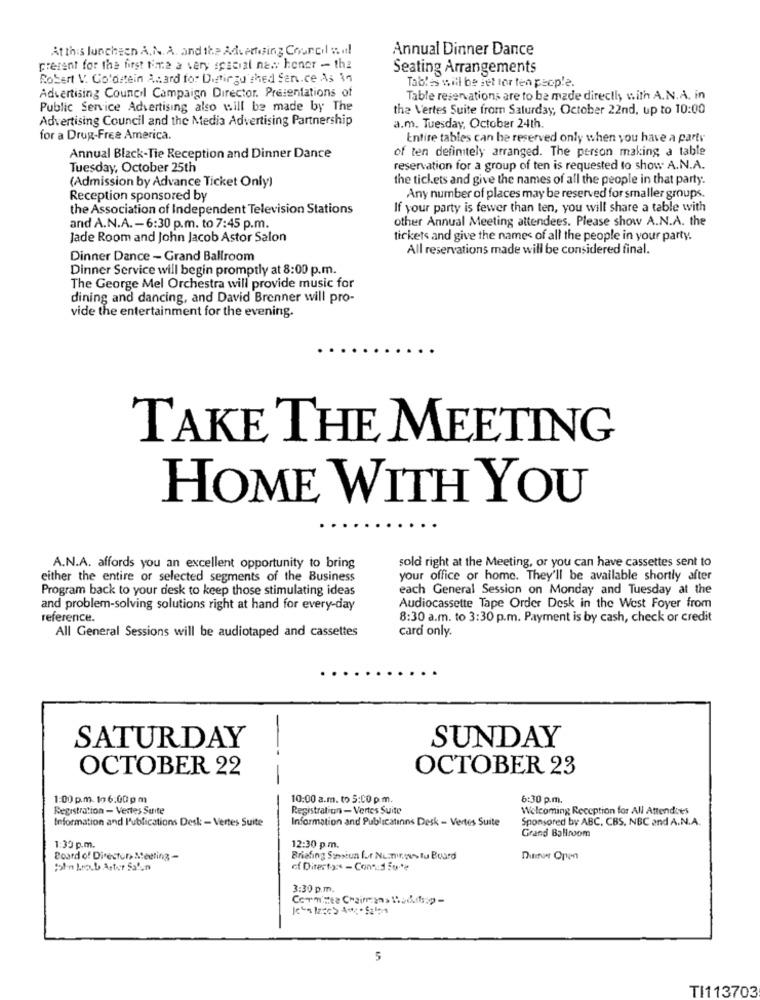
Atthis luncheen A.N. A. and the Advertising Council sul
Annual Dinner Dance
present for the first time a very special new honer - th2
Seating Arrangements
Robert V. Goldstein Acard for Distinguished Sen.ce As 39
Tables will be set for ten people.
Advertising Council Campaign Director. Presentations of
Table reservations are to be made directly with A.N.A. in
Public Service Advertising also will be made by The
the Vertes Suite from Saturday, October 22nd, up to 10:00
Advertising Council and the Media Advertising Partnership
a.m. Tuesday, October 24th.
for a Drug-Free America.
Entire tables can be reserved only when you have a party
of ten definitely arranged. The person making a table
Annual Black-Tie Reception and Dinner Dance
Tuesday, October 25th
reservation for a group of ten is requested to show A.N.A.
the tickets and give the names of all the people in that party.
(Admission by Advance Ticket Only)
Reception sponsored by
Any number of places may be reserved for smaller groups.
the Association of Independent Television Stations
If your party is fewer than ten, you will share a table with
other Annual Meeting attendees. Please show A.N.A. the
and A.N.A. - 6:30 p.m. to 7:45 p.m.
Jade Room and John Jacob Astor Salon
tickets and give the names of all the people in your party.
All reservations made will be considered final.
Dinner Dance - Grand Ballroom
Dinner Service will begin promptly at 8:00 p.m.
The George Mel Orchestra will provide music for
dining and dancing, and David Brenner will pro-
vide the entertainment for the evening.
TAKE THE MEETING
HOME WITH YOU
sold right at the Meeting, or you can have cassettes sent to
A.N.A. affords you an excellent opportunity to bring
either the entire or selected segments of the Business
your office or home. They'll be available shortly after
Program back to your desk to keep those stimulating ideas
each General Session on Monday and Tuesday at the
and problem-solving solutions right at hand for every-day
Audiocassette Tape Order Desk in the West Foyer from
reference.
8:30 a.m. to 3:30 p.m. Payment is by cash, check or credit
card only.
All General Sessions will be audiotaped and cassettes
SUNDAY
SATURDAY
-
OCTOBER 22
OCTOBER 23
-
1:00 p.m. 19 6:00 pm
10:00 a.m. to 5:00 p. m.
6:30 p.m.
Registration - Vertes Suite
Registration - Vertes Suite
Welcoming Reception for All Attendees
Information and Publications Desk - Vertes Suite
Information and Publicatinns Desk - Vertes Suite
Sponsored by ABC, CBS, NBC and A.N.A.
12:30 p. m.
Grand Ballroom
1:30 p.m.
Board of Directors Meeting -
Briefing Summeun For N.Trans fu Board
Dumer Open
ph-n kotb Aster Salun
of Directors - Cons:1 500?
3:30 p.m.
5
TI113703